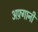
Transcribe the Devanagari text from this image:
अफ़्गानी